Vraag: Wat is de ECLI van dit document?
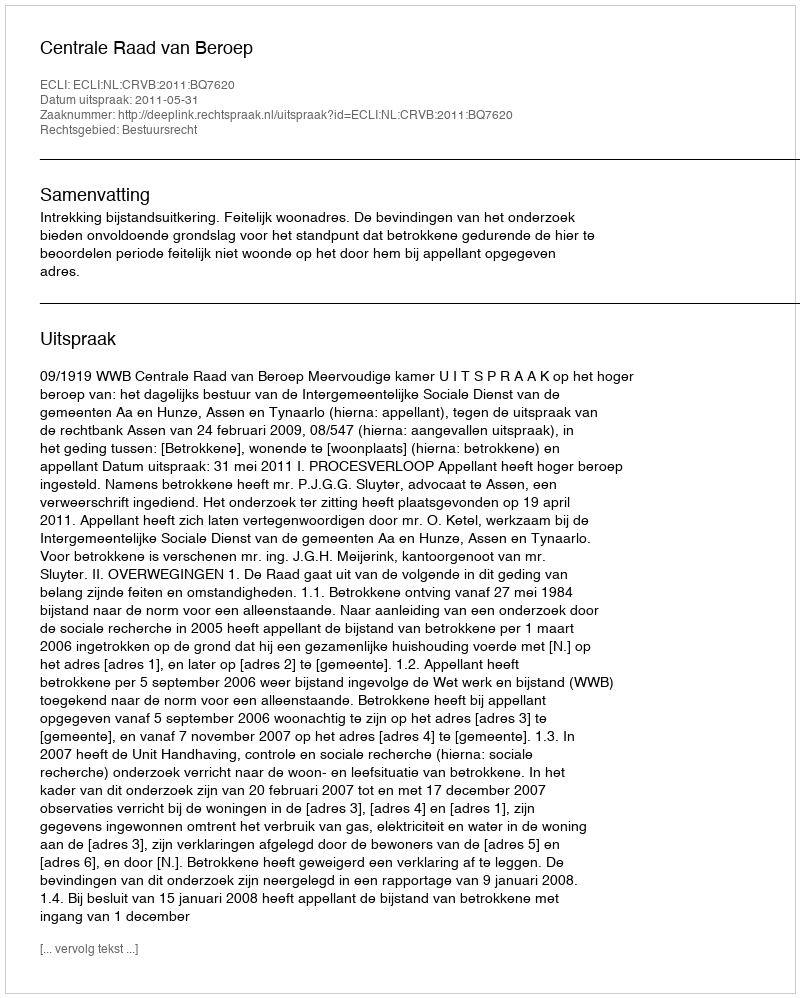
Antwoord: ECLI:NL:CRVB:2011:BQ7620